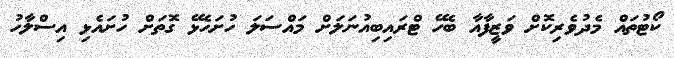
ކޯޓުތައް މެދުވެރިކޮށް ވަޒީފާއާ ބެހޭ ޓްރައިބިއުނަލަށް މައްސަލަ ހުށަހެޅޭ ގޮތަށް ހުށައެޅި އިސްލާހު